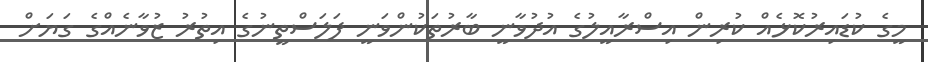
މީގެ ކުޑައިރުކޮޅެއް ކުރިން އިސްރާއީލުގެ އުދުވާނީ ބާރުތަކުންވަނީ ފަލަސްތީނުގެ އިތުރު ޒުވާނެއްގެ ގަޔަށް